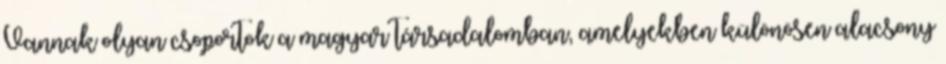
Vannak olyan csoportok a magyar társadalomban, amelyekben különösen alacsony